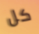
كل